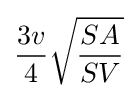
{\frac {3v}{4}}{\sqrt {\frac {SA}{SV}}}